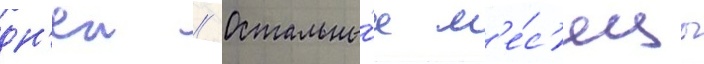
дн'еи // Остальны́е м'е́с'яцы